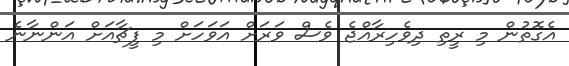
އެގޮތުން މި ރީތި ދިވެހިރާއްޖެ ވެސް ވަރަށް އަވަހަށް މި ފީޗާއަށް އަންނާނެ